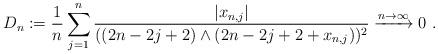
LaTeX: \begin{align*} D_n := \frac{1}{n} \sum \limits_{j = 1}^n \frac{|x_{n, j}|}{((2n - 2j + 2) \wedge (2n - 2j + 2+ x_{n, j}))^2} \xrightarrow{n \to \infty} 0~. \end{align*}